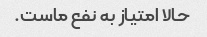
حالا امتیاز به نفع ماست.